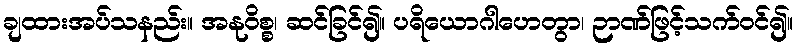
ချထားအပ်သနည်း။ အနုဝိစ္စ၊ ဆင်ခြင်၍။ ပရိယောဂါဟေတွာ၊ ဉာဏ်ဖြင့်သက်ဝင်၍။